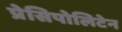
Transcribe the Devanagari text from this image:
प्रेसिपोलिटेन